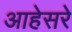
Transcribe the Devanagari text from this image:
आहेसरे